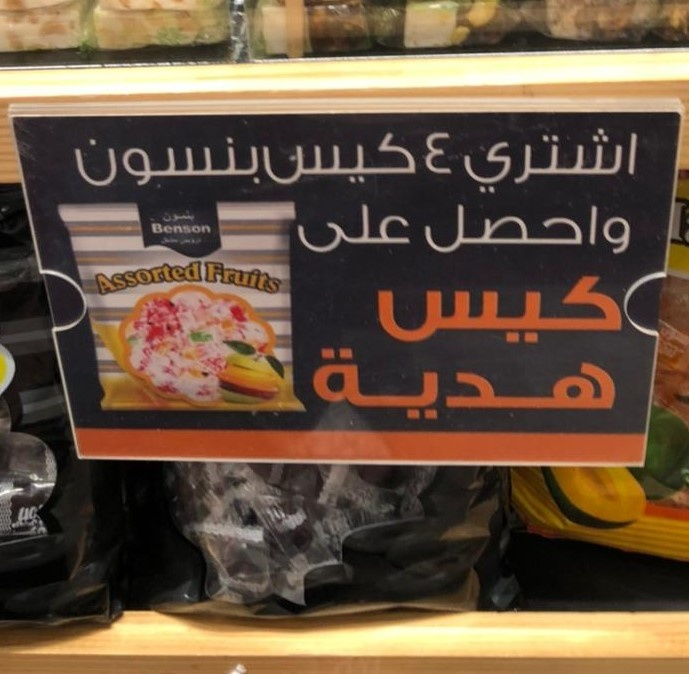
Text in image: 4 كيس بنسون اشتري على واحصل كيس هدية Benson Assorted Fruits